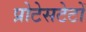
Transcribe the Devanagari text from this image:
प्रोटेसटेटों